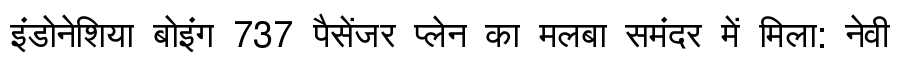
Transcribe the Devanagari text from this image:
इंडोनेशिया बोइंग 737 पैसेंजर प्लेन का मलबा समंदर में मिला: नेवी